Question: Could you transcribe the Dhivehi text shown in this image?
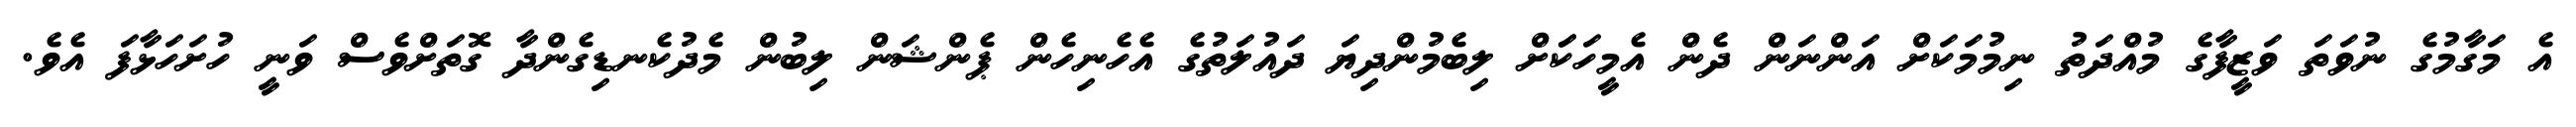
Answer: އެ މަގާމުގެ ނުވަތަ ވަޒީފާގެ މުއްދަތު ނިމުމަކަށް އަންނަން ދެން އެމީހަކަަށް ލިބެމުންދިޔަ ދައުލަތުގެ އެހެނިހެން ޕެންޝަން ލިބުން މެދުކެނޑިގެންދާ ގޮތަށްވެސް ވަނީ ހުށަހަޅާފަ އެވެ.